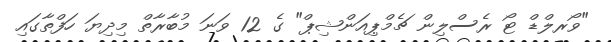
"ވޯރލްޑް ޓޯ ރެސްލިން ޗެމްޕިއަންޝިޕް" ގެ 12 ވަނަ މުބާރާތް މިދިޔަ ހަފްތާގައި